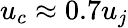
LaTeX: u_{c}\approx 0.7u_{j}